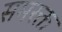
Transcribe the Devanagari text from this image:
समरक्त